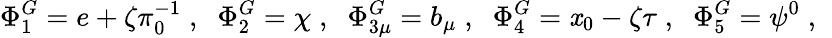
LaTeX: \Phi_{1}^{G}=e+\zeta\pi_{0}^{-1}\; ,\; \; \Phi_{2}^{G}=\chi\; ,\; \; \Phi_{3\mu}^{G}=b_{\mu}\; ,\; \; \Phi_{4}^{G}=\mathit{x}_{0}-\zeta\tau\; ,\; \; \Phi_{5}^{G}=\psi^{0}\; ,\; \;